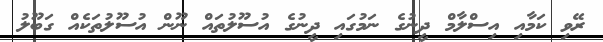
ރޭވި ކަމާއި އިސްލާމް ދީނުގެ ނަމުގައި ދީނުގެ އުސޫލުތައް ނޫން އުސޫލުތަކެއް ގަބޫލު